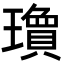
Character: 𬎘